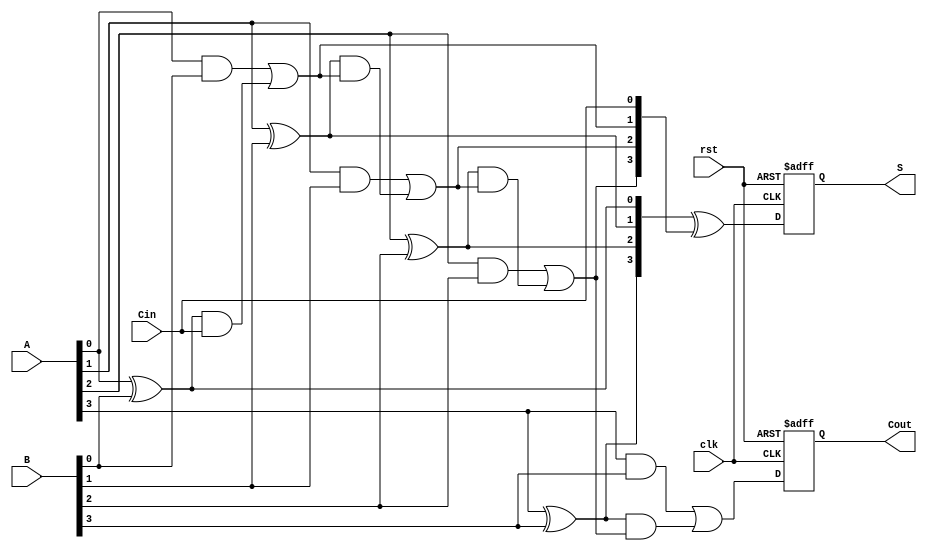
module PipelinedCLA #(parameter N = 4) (
    input clk,
    input rst,
    input [N-1:0] A,
    input [N-1:0] B,
    input Cin,
    output reg [N-1:0] S,
    output reg Cout
);

    // Internal signals for generate and propagate
    wire [N-1:0] G; // Generate signals
    wire [N-1:0] P; // Propagate signals
    wire [N:0] C;   // Carry signals (C[0] = Cin, C[1] to C[N] are computed)

    // Stage 1: Generate and Propagate Computation
    genvar i;
    generate
        for (i = 0; i < N; i = i + 1) begin : gen_prop
            assign G[i] = A[i] & B[i]; // Generate
            assign P[i] = A[i] ^ B[i]; // Propagate
        end
    endgenerate

    // Stage 2: Carry Calculation
    assign C[0] = Cin; // Carry-in
    generate
        for (i = 0; i < N; i = i + 1) begin : carry_calc
            assign C[i + 1] = G[i] | (P[i] & C[i]); // Carry Calculation
        end
    endgenerate

    // Stage 3: Sum Calculation
    always @(posedge clk or posedge rst) begin
        if (rst) begin
            S <= 0;
            Cout <= 0;
        end else begin
            // Calculate sum
            S <= P ^ C[N-1:0]; // Final Sum Calculation
            Cout <= C[N];     // Final Carry-out
        end
    end

endmodule